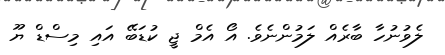
ލެވުނުހާ ބާރެއް ލަމުންނެވެ. އޯ އެމް ޖީ ކުޑަބޭ އައި މިސްޑް ޔޫ